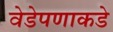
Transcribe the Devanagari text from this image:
वेडेपणाकडे